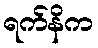
ရက်နိက